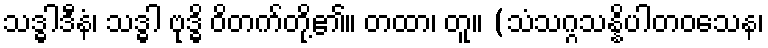
သဒ္ဓါဒီနံ၊ သဒ္ဓါ ဗုဒ္ဓိ ဝိတက်တို့၏။ တထာ၊ တူ။ (သံသဂ္ဂသန္နိပါတဝသေန၊